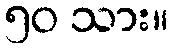
၅၀ သား။